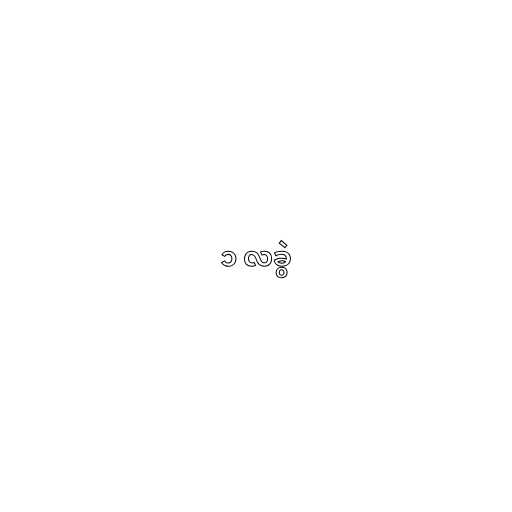
၁ လခွဲ